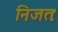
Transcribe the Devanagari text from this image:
निजतः